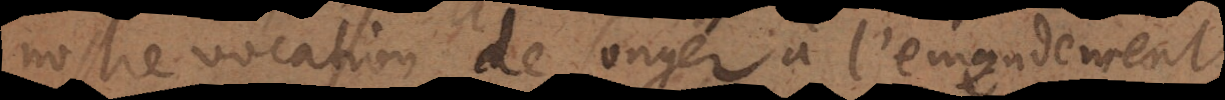
nostre vocation de songer à l’emendement